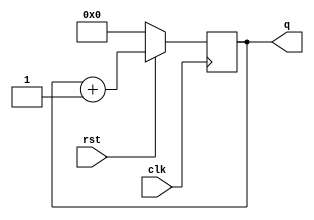
//********************************************************
//   Copyright(c)2016, STEP FPGA 
//   All rights reserved
//   Module name     :   counter
//   Data            :   2016/08/01
//   Version         :   V1.0
//   Description     :   
//
//   Modification history
//   ----------------------------------------------------------------------------
// Version       
// Description
//
//********************************************************


//*******************
//DEFINE MODULE PORT
//*******************
module counter
(
	//INPUT
	clk			,
	rst			,
	//OUTPUT
	q			
);
	//*******************
	//DEFINE INPUT
	//*******************
	input 	clk,rst;     

    //*******************
	//DEFINE OUTPUT
	//*******************
	output	[7:0]	q;
	
	//********************
	//OUTPUT ATTRIBUTE
	//********************
	//REGS
	reg 	[7:0]   q;    

	
	//Sequential logic style
	always@(posedge clk)
		if (!rst==1)
			q<=0;
		else
			q<=q+1;
			
endmodule